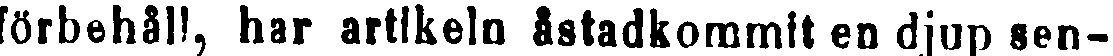
förbehåll, har artikeln åstadkommit en djup sen-